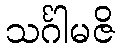
သင်္ဂါမဇိ